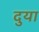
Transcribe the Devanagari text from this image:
दुया